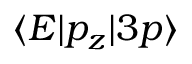
\langle E | p _ { z } | 3 p \rangle